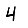
Digit: 4